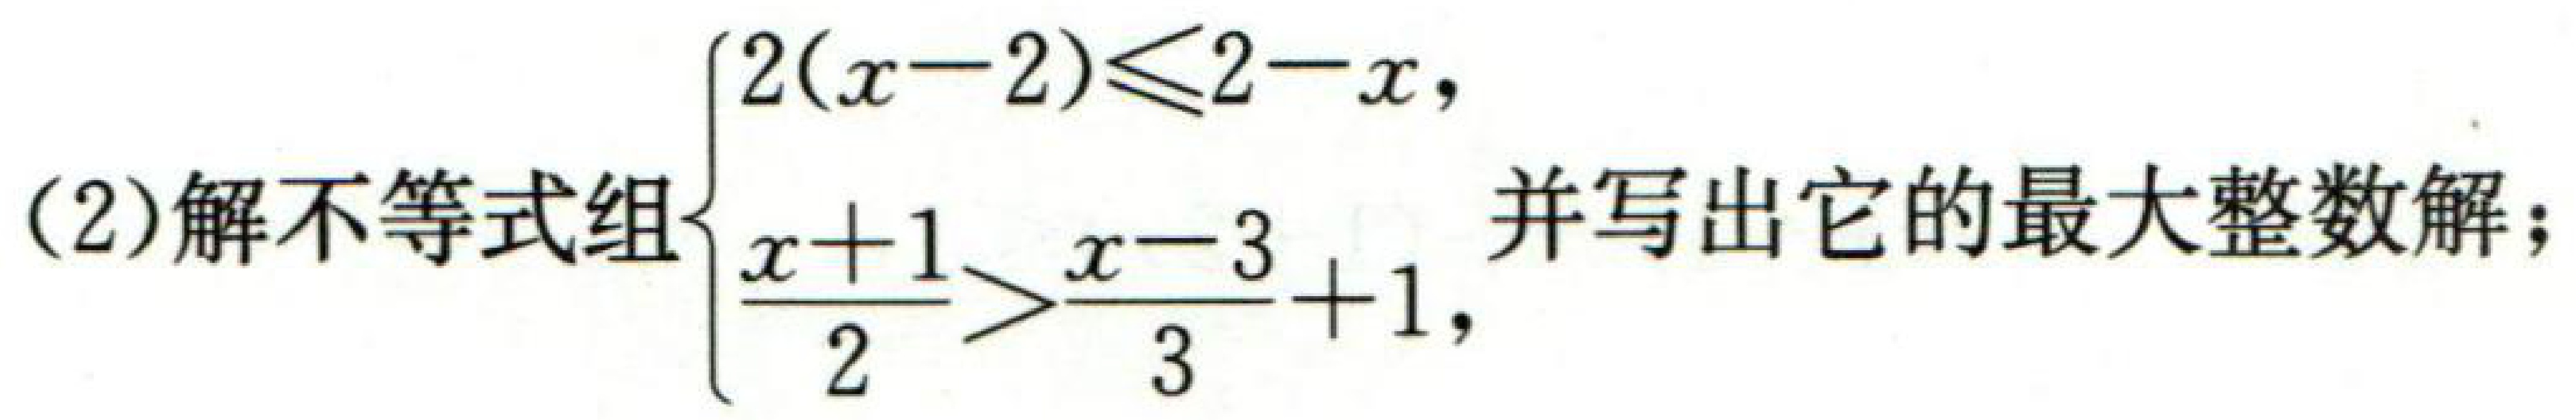
(2)解不等式组\(\begin{cases}2(x - 2)\leq2 - x,\\\dfrac{x + 1}{2}>\dfrac{x - 3}{3}+1,\end{cases}\)并写出它的最大整数解；